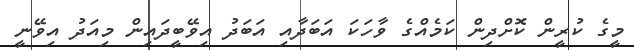
މީގެ ކުރީން ކޮށްދިން ކަމެއްގެ ވާހަކަ އަބަދާއި އަބަދު އިވޭބީދައިން މިއަދު އިވޭނީ